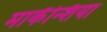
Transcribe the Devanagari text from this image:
मार्केंन्शिया